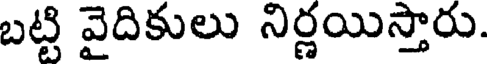
బట్టి వైదికులు నిర్ణయిస్తారు.